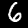
Label: 6